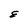
Character: E